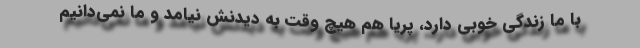
با ما زندگی خوبی دارد، پریا هم هیچ ‌وقت به دیدنش نیامد و ما نمی‌دانیم